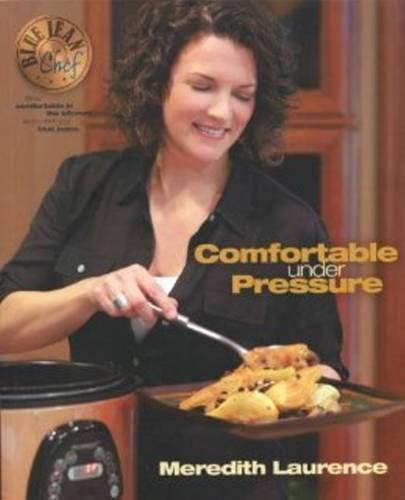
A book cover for Blue Jean Chef: Comfortable Under Pressure; Meredith Laurence; Cookbooks, Food & Wine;